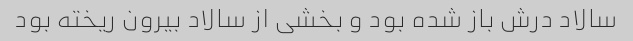
سالاد درش باز شده بود و بخشی از سالاد بیرون ریخته بود